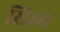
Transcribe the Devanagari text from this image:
सिस्य